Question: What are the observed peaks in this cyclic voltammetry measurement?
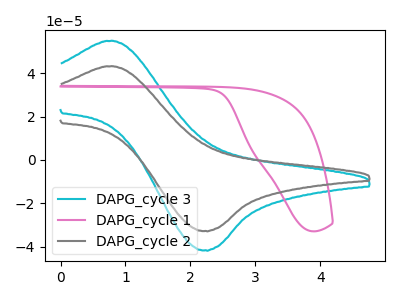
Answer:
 <answer>The cyan curve "DAPG_cycle 3" has an anodic peak at (0.70V, 54.90uA) and a cathodic peak at (2.25V, -41.70uA). The pink curve "DAPG_cycle 1" has no peaks. The gray curve "DAPG_cycle 2" has an anodic peak at (0.70V, 43.20uA) and a cathodic peak at (2.25V, -32.80uA).</answer>
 <eval></eval>